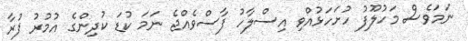
ނަމަވެސް މަހުލޫފު ހުށަހަޅުއްވި އިސްލާހު ފާސްވެއްޖެ ނަމަ ކުޑަ ކުދިންގެ އުމުރު ފުރާ